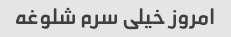
امروز خیلی سرم شلوغه